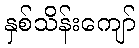
နှစ်သိန်းကျော်